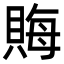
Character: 𧶅